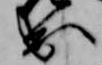
出